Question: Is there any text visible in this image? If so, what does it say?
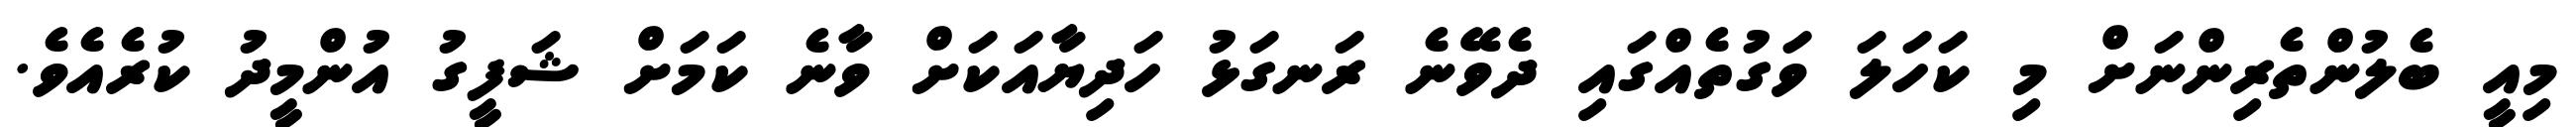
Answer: މިއީ ބެލުންތެރިންނަށް މި ކަހަލަ ވަގުތެއްގައި ދެވޭނެ ރަނގަޅު ހަދިޔާއަކަށް ވާނެ ކަމަށް ޝަފީގު އުންމީދު ކުރެއެވެ.